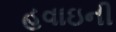
હવાઇની